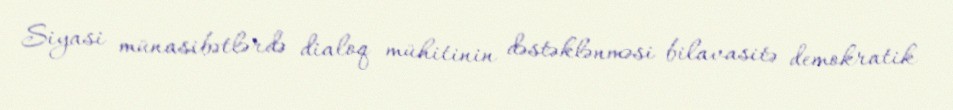
Siyasi münasibətlərdə dialoq mühitinin dəstəklənməsi bilavasitə demokratik